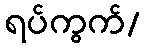
ရပ်ကွက်/